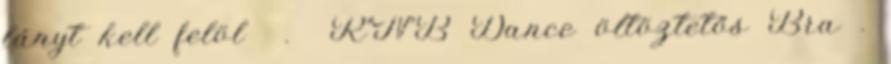
lányt kell felöl . R’N’B Dance öltöztetős Bra .